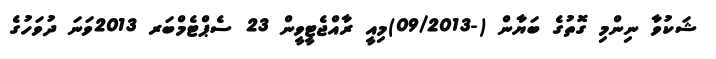
ޝަކުވާ ނިންމި ގޮތުގެ ބަޔާން (-09/2013)މިއީ ރާއްޖެޓީވީން 23 ސެޕްޓެމްބަރ 2013ވަނަ ދުވަހުގެ